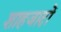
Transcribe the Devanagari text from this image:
शाहजादों